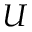
U